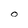
Character: O